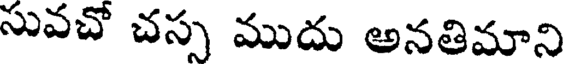
సువచో చస్స ముదు అనతిమాని